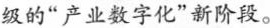
级的”产业数字化”新阶段。